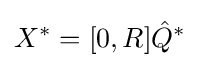
X^{*}=[0,R]{\hat {Q}}^{*}